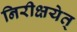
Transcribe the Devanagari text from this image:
निरीक्षयेत्